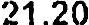
21.20